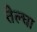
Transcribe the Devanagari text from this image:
तेल्घा